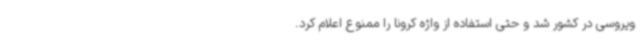
ویروسی در کشور شد و حتی استفاده از واژه کرونا را ممنوع اعلام کرد.